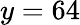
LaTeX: y=64